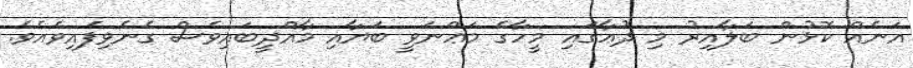
އަނެއް ކޮޅުން ބަލާއިރު މި ދުޢާގައި މީހާގެ މަޢްނަވީ ބަޔާއި މާއްދީބައިވެސް ގެނެވިފައިވެއެވެ.